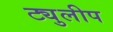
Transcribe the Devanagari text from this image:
ट्युलीप